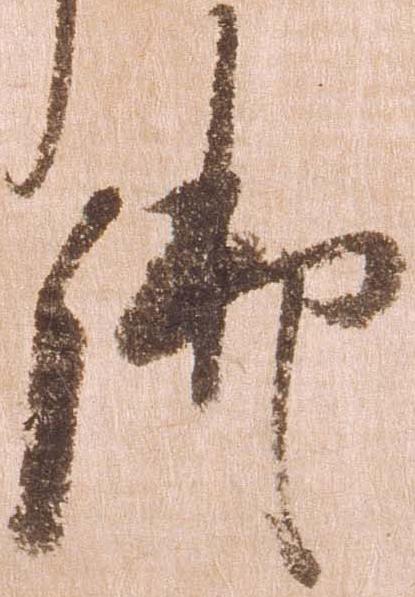
御